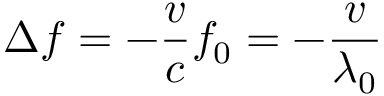
\Delta { } f = - \frac { v } { c } f _ { 0 } = - \frac { v } { \lambda _ { 0 } }